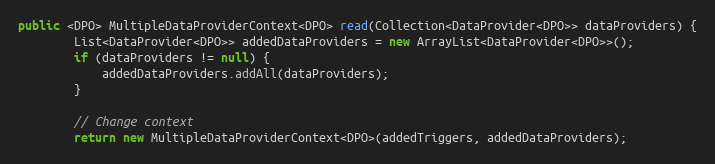
Language: Java
public <DPO> MultipleDataProviderContext<DPO> read(Collection<DataProvider<DPO>> dataProviders) {
        List<DataProvider<DPO>> addedDataProviders = new ArrayList<DataProvider<DPO>>();
        if (dataProviders != null) {
            addedDataProviders.addAll(dataProviders);
        }

        // Change context
        return new MultipleDataProviderContext<DPO>(addedTriggers, addedDataProviders);